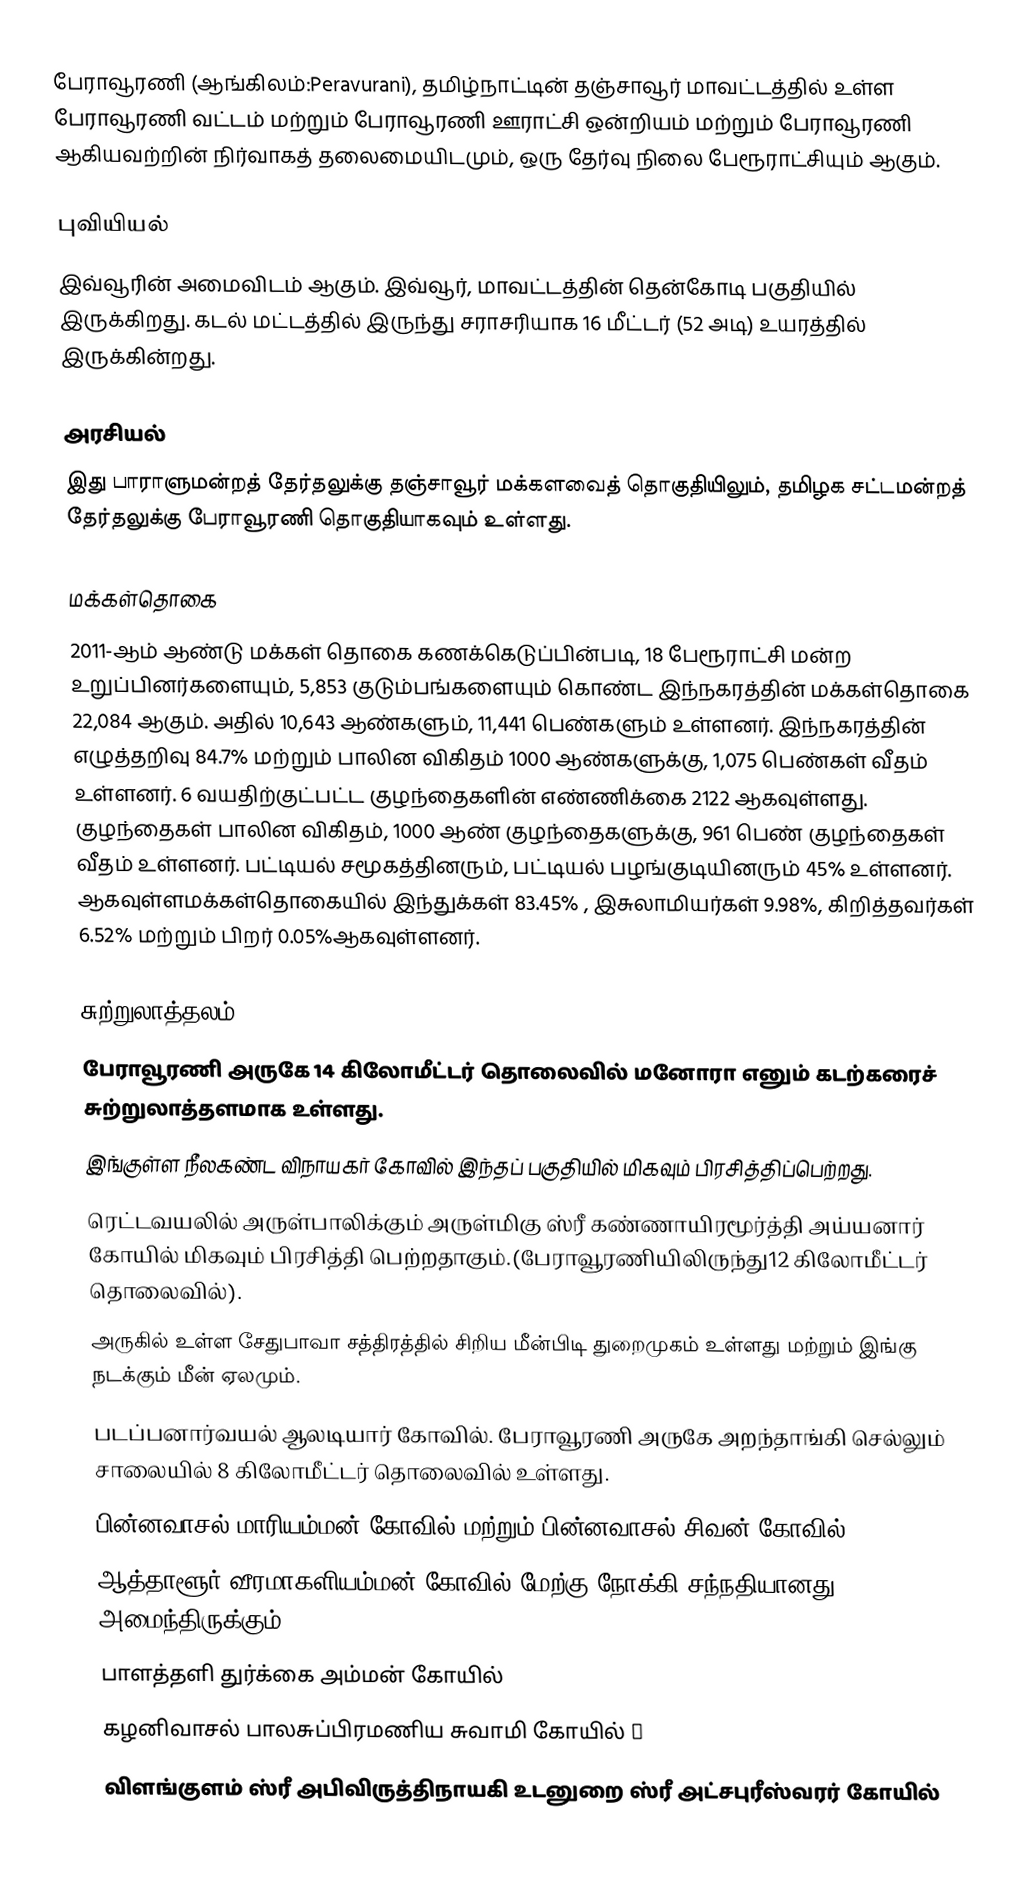
பேராவூரணி (ஆங்கிலம்:Peravurani), தமிழ்நாட்டின் தஞ்சாவூர் மாவட்டத்தில் உள்ள பேராவூரணி வட்டம் மற்றும் பேராவூரணி ஊராட்சி ஒன்றியம் மற்றும் பேராவூரணி ஆகியவற்றின் நிர்வாகத் தலைமையிடமும், ஒரு  தேர்வு நிலை பேரூராட்சியும் ஆகும்.

புவியியல்
இவ்வூரின் அமைவிடம்  ஆகும். இவ்வூர், மாவட்டத்தின் தென்கோடி பகுதியில் இருக்கிறது. கடல் மட்டத்தில் இருந்து சராசரியாக 16 மீட்டர் (52 அடி) உயரத்தில் இருக்கின்றது.

அரசியல்
இது பாராளுமன்றத் தேர்தலுக்கு தஞ்சாவூர் மக்களவைத் தொகுதியிலும், தமிழக சட்டமன்றத் தேர்தலுக்கு பேராவூரணி தொகுதியாகவும் உள்ளது.

மக்கள்தொகை
2011-ஆம் ஆண்டு மக்கள் தொகை கணக்கெடுப்பின்படி, 18 பேரூராட்சி மன்ற உறுப்பினர்களையும், 5,853 குடும்பங்களையும் கொண்ட இந்நகரத்தின் மக்கள்தொகை  22,084 ஆகும்.  அதில் 10,643 ஆண்களும், 11,441 பெண்களும் உள்ளனர்.   இந்நகரத்தின் எழுத்தறிவு 84.7% மற்றும் பாலின விகிதம் 1000 ஆண்களுக்கு, 1,075 பெண்கள் வீதம் உள்ளனர். 6 வயதிற்குட்பட்ட குழந்தைகளின் எண்ணிக்கை 2122  ஆகவுள்ளது. குழந்தைகள் பாலின விகிதம்,  1000 ஆண் குழந்தைகளுக்கு, 961 பெண் குழந்தைகள்  வீதம் உள்ளனர். பட்டியல் சமூகத்தினரும், பட்டியல் பழங்குடியினரும்  45% உள்ளனர். ஆகவுள்ளமக்கள்தொகையில் இந்துக்கள் 83.45% ,  இசுலாமியர்கள்  9.98%, கிறித்தவர்கள் 6.52%   மற்றும் பிறர் 0.05%ஆகவுள்ளனர்.

சுற்றுலாத்தலம்
 பேராவூரணி அருகே 14 கிலோமீட்டர் தொலைவில் மனோரா எனும் கடற்கரைச் சுற்றுலாத்தளமாக உள்ளது.
 இங்குள்ள நீலகண்ட விநாயகர் கோவில் இந்தப் பகுதியில் மிகவும் பிரசித்திப்பெற்றது.
 ரெட்டவயலில் அருள்பாலிக்கும் அருள்மிகு ஸ்ரீ கண்ணாயிரமூர்த்தி அய்யனார் கோயில் மிகவும் பிரசித்தி பெற்றதாகும்.(பேராவூரணியிலிருந்து12 கிலோமீட்டர் தொலைவில்).
 அருகில் உள்ள சேதுபாவா சத்திரத்தில் சிறிய மீன்பிடி துறைமுகம் உள்ளது மற்றும் இங்கு நடக்கும் மீன் ஏலமும்.
 படப்பனார்வயல் ஆலடியார் கோவில். பேராவூரணி அருகே அறந்தாங்கி செல்லும் சாலையில் 8 கிலோமீட்டர் தொலைவில் உள்ளது.
 பின்னவாசல் மாரியம்மன் கோவில் மற்றும் பின்னவாசல் சிவன் கோவில்.
 ஆத்தாளூர் வீரமாகளியம்மன் கோவில்,மேற்கு நோக்கி சந்நதியானது அமைந்திருக்கும்.
 பாளத்தளி துர்க்கை அம்மன் கோயில்
 கழனிவாசல் பாலசுப்பிரமணிய சுவாமி கோயில் ￼
 விளங்குளம் ஸ்ரீ அபிவிருத்திநாயகி உடனுறை ஸ்ரீ அட்சபுரீஸ்வரர் கோயில்